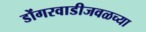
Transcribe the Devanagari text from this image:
डोंगरवाडीजवळच्या